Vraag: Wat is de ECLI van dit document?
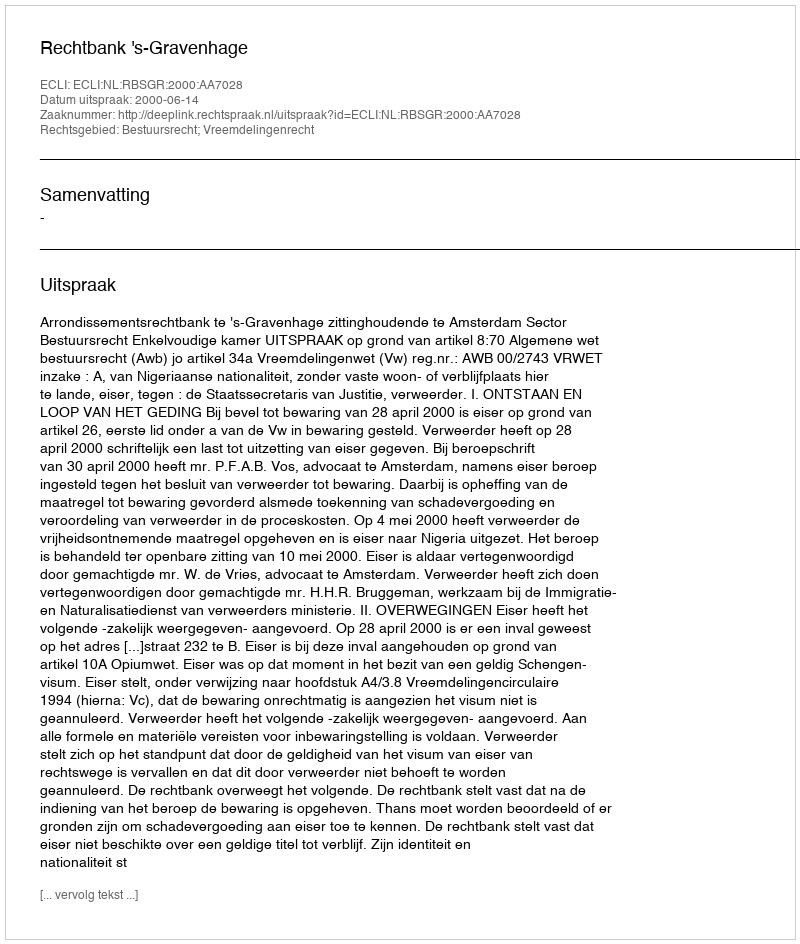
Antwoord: ECLI:NL:RBSGR:2000:AA7028